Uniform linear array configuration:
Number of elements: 48
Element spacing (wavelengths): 0.25
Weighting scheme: hann
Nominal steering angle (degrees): -60
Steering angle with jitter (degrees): -58.316
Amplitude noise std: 0.05
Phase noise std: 0.05

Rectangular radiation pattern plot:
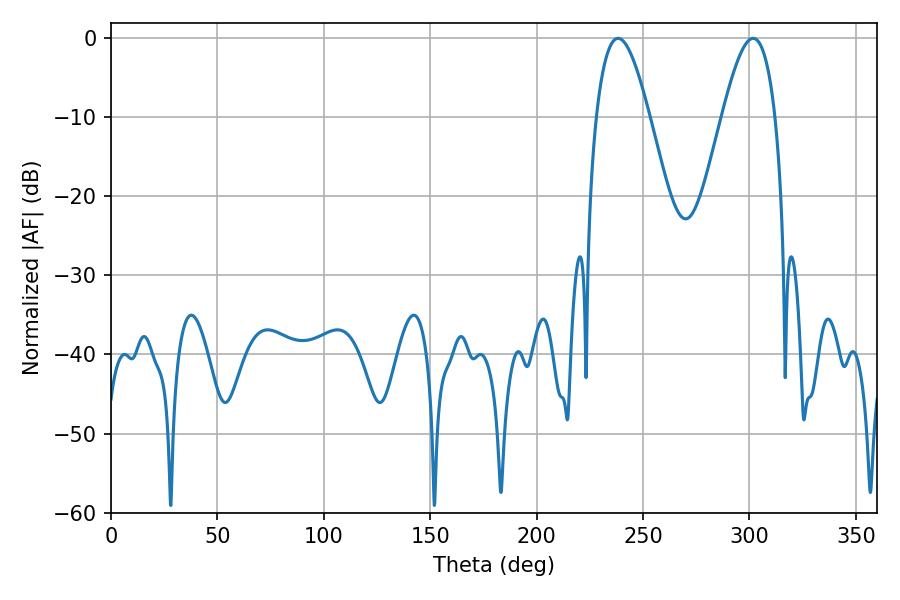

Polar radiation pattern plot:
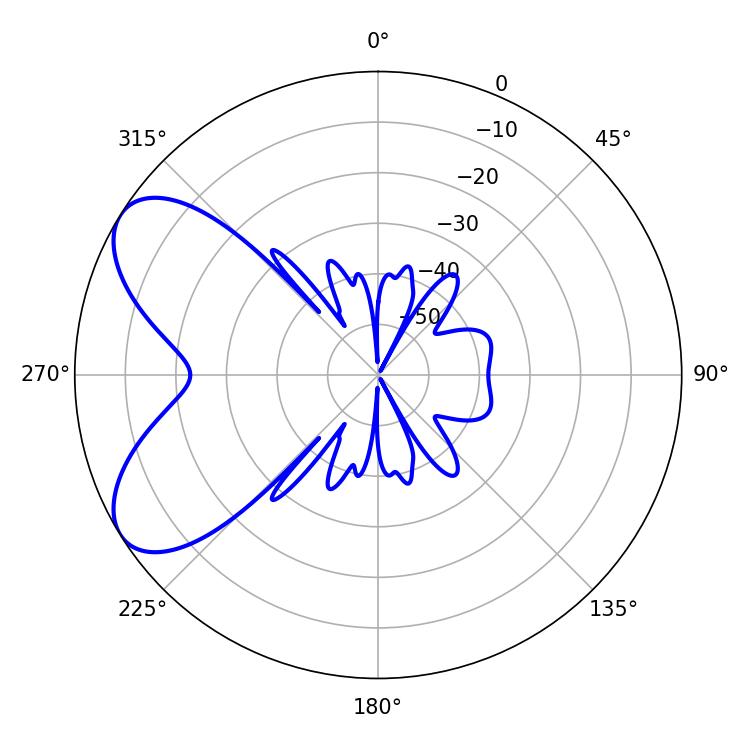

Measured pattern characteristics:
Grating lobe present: FALSE
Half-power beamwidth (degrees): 13.5
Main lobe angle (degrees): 238.32